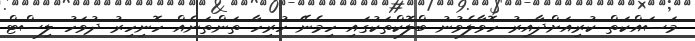
މަސައްކަތް ކުރިއަށްދާއިރު ހޮވާލެވުނު ބްލޮކްތަކުގައި ހިމެނޭ ހުރިހާ ތަންތަނެއް ހޮނިހިރު ދުވަހު ލިސްޓް